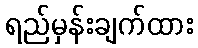
ရည်မှန်းချက်ထား